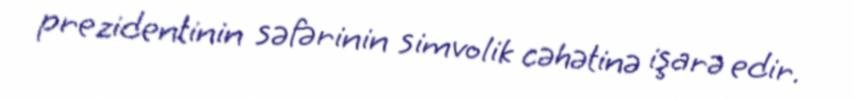
prezidentinin səfərinin simvolik cəhətinə işarə edir.